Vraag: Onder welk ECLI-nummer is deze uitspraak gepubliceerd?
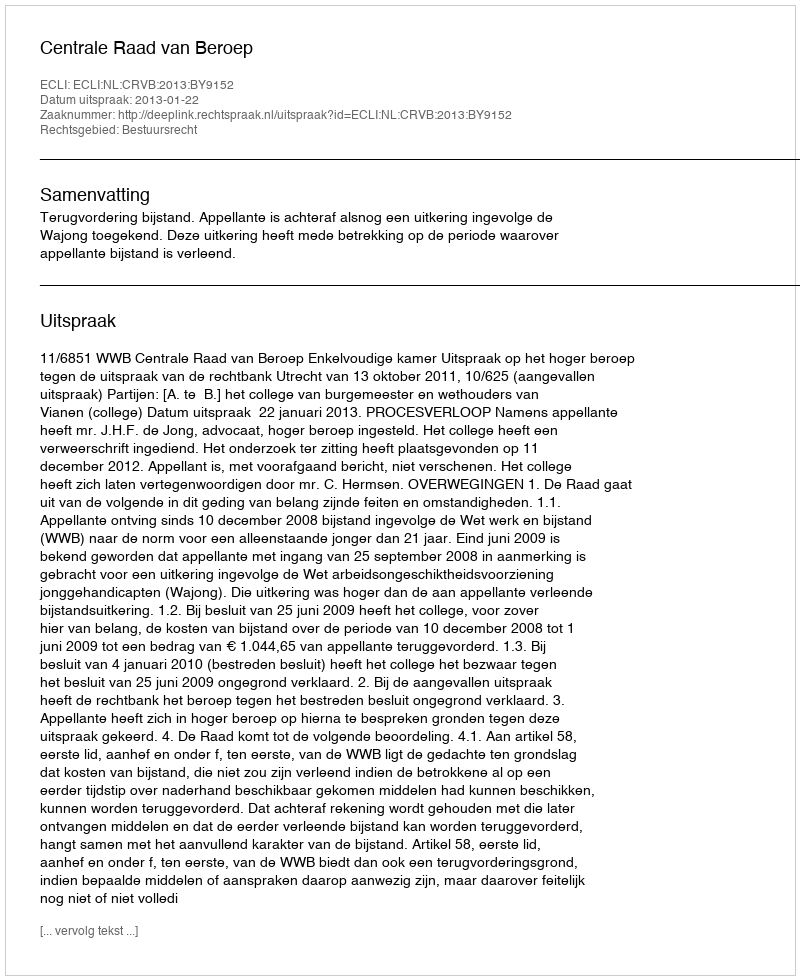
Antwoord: ECLI:NL:CRVB:2013:BY9152